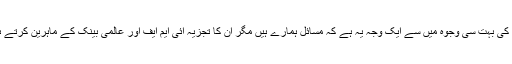
اس کی بہت سی وجوہ میں سے ایک وجہ یہ ہے کہ مسائل ہمارے ہیں مگر ان کا تجزیہ آئی ایم ایف اور عالمی بینک کے ماہرین کرتے ہیں۔